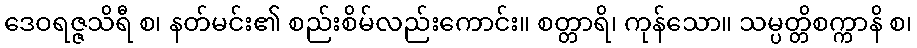
ဒေဝရဇ္ဇသိရီ စ၊ နတ်မင်း၏ စည်းစိမ်လည်းကောင်း။ စတ္တာရိ၊ ကုန်သော။ သမ္ပတ္တိစက္ကာနိ စ၊